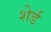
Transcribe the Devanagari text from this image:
शेर्ड